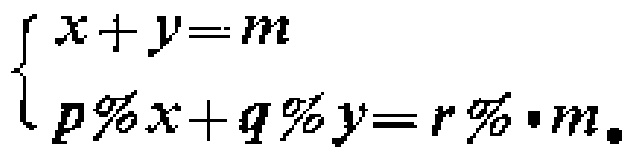
$\begin{cases}

x + y = m \\

p\%x + q\%y = r\% \cdot m

\end{cases}$